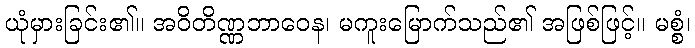
ယုံမှားခြင်း၏။ အဝိတိဏ္ဏဘာဝေန၊ မကူးမြောက်သည်၏ အဖြစ်ဖြင့်။ မစ္စံ၊